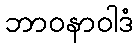
ဘာဝနာဝါဒံ